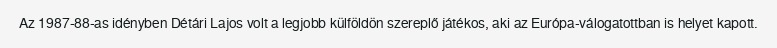
Az 1987-88-as idényben Détári Lajos volt a legjobb külföldön szereplő játékos, aki az Európa-válogatottban is helyet kapott.